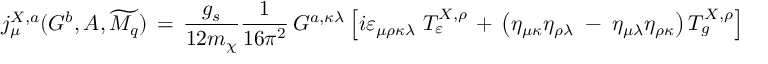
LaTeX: j _ { \mu } ^ { X , a } ( G ^ { b } , { \cal { A } } , \widetilde { { \cal { M } } _ { q } } ) \, = \, \frac { g _ { s } } { 1 2 m _ { \chi } } \frac { 1 } { 1 6 \pi ^ { 2 } } \, G ^ { a , \kappa \lambda } \left[ i \varepsilon _ { \mu \rho \kappa \lambda } \; T _ { \varepsilon } ^ { X , \rho } \, + \, \left( \eta _ { \mu \kappa } \eta _ { \rho \lambda } \; - \; \eta _ { \mu \lambda } \eta _ { \rho \kappa } \right) T _ { g } ^ { X , \rho } \right] \; ,